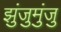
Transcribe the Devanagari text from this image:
झुंजुमुंजु